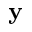
{ \bf y }